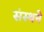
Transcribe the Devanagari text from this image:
संस्थने